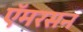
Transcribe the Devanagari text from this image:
ऍमरसन